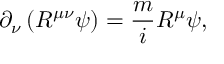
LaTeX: \partial _ { \nu } \left( R ^ { \mu \nu } \psi \right) = \frac { m } { i } R ^ { \mu } \psi ,